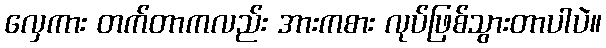
လှေကား တက်တာကလည်း အားကစား လုပ်ဖြစ်သွားတာပါပဲ။